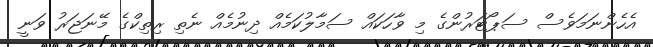
އެހެންނަމަވެސް ސަޕޯޓަރުންގެ މި ވާހަކައް ސަމާލުކަމެއް ދިނުމެއް ނެތި ރިތިކްގެ މޭނަޖަރު ވަނީ